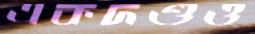
একদণ্ডও